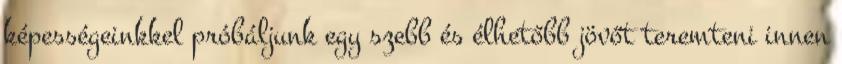
képességeinkkel próbáljunk egy szebb és élhetőbb jövőt teremteni innen